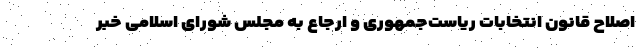
اصلاح قانون انتخابات ریاست‌جمهوری و ارجاع به مجلس شورای اسلامی خبر